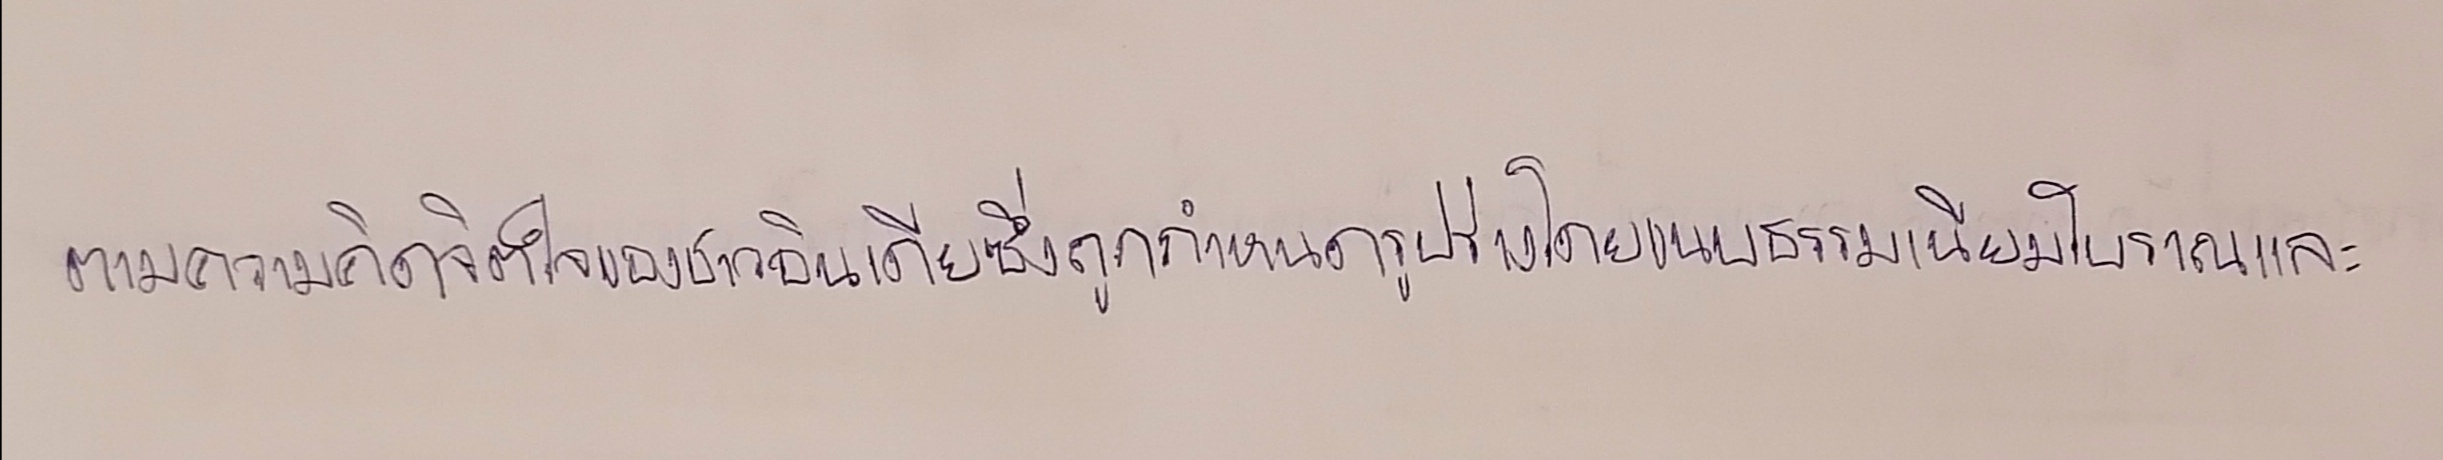
ตามความคิดจิตใจของชาวอินเดียซึ่งถูกกำหนดรูปร่างโดยขนบธรรมเนียมโบราณและ